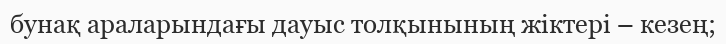
бунақ араларындағы дауыс толқынының жіктері – кезең;